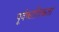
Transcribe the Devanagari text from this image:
पूर्वकालिकता